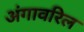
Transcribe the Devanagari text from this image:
अंगावरिल